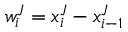
w _ { i } ^ { J } = x _ { i } ^ { J } - x _ { i - 1 } ^ { J }